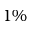
1 \%